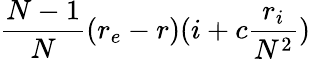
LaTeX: \frac{N-1}{N}(r_{e}-r)(i+c\frac{r_{i}}{N^{2}})